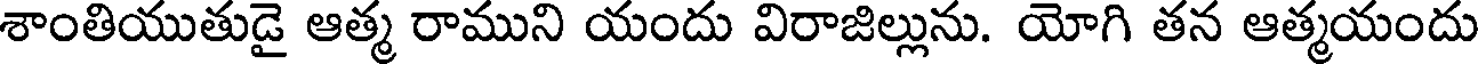
శాంతియుతుడై ఆత్మ రాముని యందు విరాజిల్లును. యోగి తన ఆత్మయందు